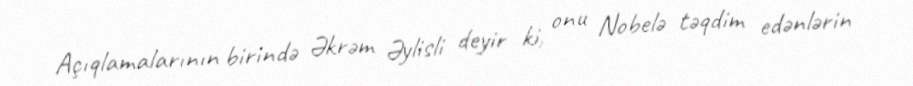
Açıqlamalarının birində Əkrəm Əylisli deyir ki, onu Nobelə təqdim edənlərin